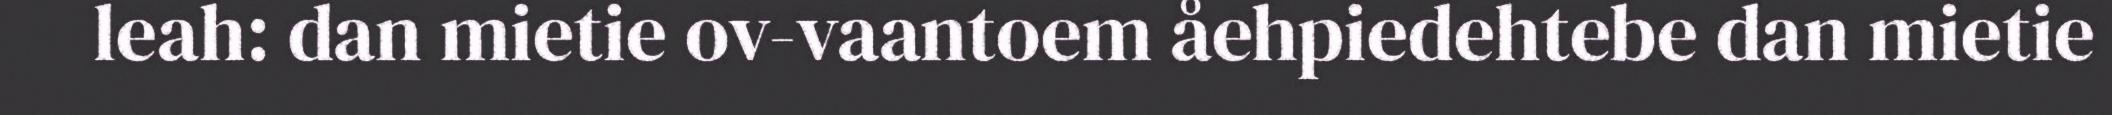
leah: dan mietie ov-vaantoem åehpiedehtebe dan mietie